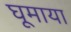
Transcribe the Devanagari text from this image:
घूमाया